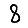
Digit: 8